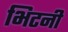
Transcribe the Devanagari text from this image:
भिटनी